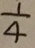
\frac { 1 } { 4 }